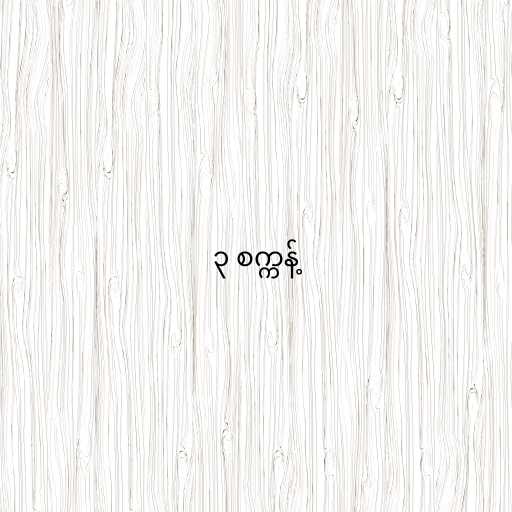
၃ စက္ကန့်